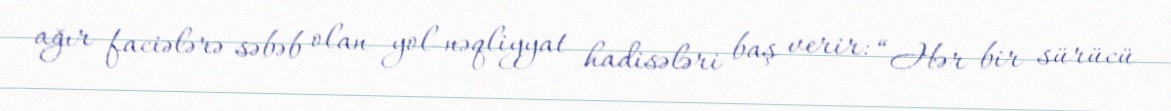
ağır faciələrə səbəb olan yol-nəqliyyat hadisələri baş verir: “Hər bir sürücü